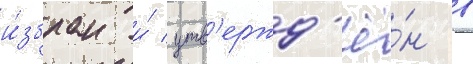
и́збран и́ утв'ержд'ё́н в